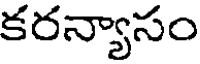
కరన్యాసం